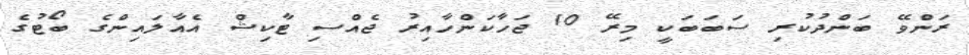
ރަންވޭ ބަންދުކުރި ސަބަބަކީ މިރޭ 10 ޖަހާކަންހާއިރު ޖެއްސި ޓާކިޝް އެއާލައިންގެ ބޯޓުގެ